Scientific memoirs by medical officers of the Army of India - Part III,
Year: 1887
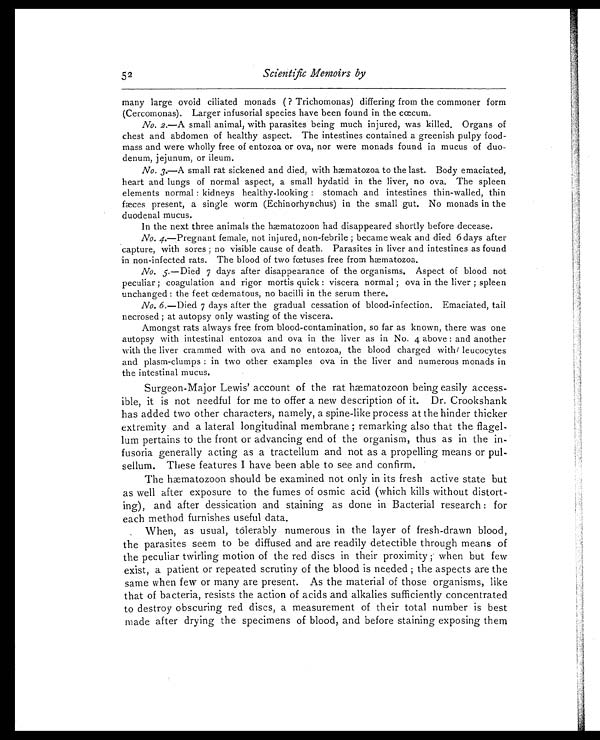
52
Scientific Memoirs by
many large ovoid ciliated monads ( ? Trichomonas) differing from the commoner form
(Cercomonas). Larger infusorial species have been found in the cœcum.
No. 2.—A small animal, with parasites being much injured, was killed. Organs of
chest and abdomen of healthy aspect. The intestines contained a greenish pulpy food-
mass and were wholly free of entozoa or ova, nor were monads found in mucus of duo-
denum, jejunum, or ileum.
No. 3.—A small rat sickened and died, with hæmatozoa to the last. Body emaciated,
heart and lungs of normal aspect, a small hydatid in the liver, no ova. The spleen
elements normal: kidneys healthy-looking: stomach and intestines thin-walled, thin
f æ c e s
present, a single worm (Echinorhynchus) in the small gut. No monads in the
duodenal mucus.
In the next three animals the hæmatozoon had disappeared shortly before decease.
No. 4.—Pregnant female, not injured, non-febrile; became weak and died 6 days after
capture, with sores; no visible cause of death. Parasites in liver and intestines as found
in non-infected rats. The blood of two fœtuses free from hæmatozoa.
No. 5. —Died 7 days after disappearance of the organisms. Aspect of blood not
peculiar; coagulation and rigor mortis quick: viscera normal; ova in the liver; spleen
unchanged : the feet œdematous, no bacilli in the serum there.
No. 6. —Died 7 days after the gradual cessation of blood-infection. Emaciated, tail
necrosed; at autopsy only wasting of the viscera.
Amongst rats always free from blood-contamination, so far as known, there was one
autopsy with intestinal entozoa and ova in the liver as in No. 4 above: and another
with the liver crammed with ova and no entozoa, the blood charged with/ leucocytes
and plasm-clumps: in two other examples ova in the liver and numerous monads in
the intestinal mucus.
Surgeon-Major Lewis' account of the rat hæmatozoon being easily access-
ible, it is not needful for me to offer a new description of it. Dr. Crookshank
has added two other characters, namely, a spine-like process at the hinder thicker
extremity and a lateral longitudinal membrane; remarking also that the flagel-
lum pertains to the front or advancing end of the organism, thus as in the in-
fusoria generally acting as a tractellum and not as a propelling means or pul-
sellum. These features I have been able to see and confirm.
The hæmatozoon should be examined not only in its fresh active state but
as well after exposure to the fumes of osmic acid (which kills without distort-
ing), and after dessication and staining as done in Bacterial research: for
each method furnishes useful data.
When, as usual, tolerably numerous in the layer of fresh-drawn blood,
the parasites seem to be diffused and are readily detectible through means of
the peculiar twirling motion of the red discs in their proximity; when but few
exist, a patient or repeated scrutiny of the blood is needed; the aspects are the
same when few or many are present. As the material of those organisms, like
that of bacteria, resists the action of acids and alkalies sufficiently concentrated
to destroy obscuring red discs, a measurement of their total number is best
made after drying the specimens of blood, and before staining exposing them